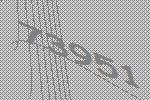
73951